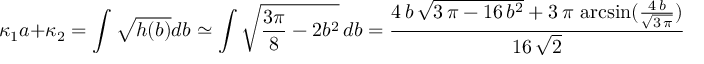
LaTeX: \kappa _ { 1 } a + \kappa _ { 2 } = \int \sqrt { h ( b ) } d b \simeq \int \sqrt { \frac { 3 \pi } { 8 } - 2 b ^ { 2 } } \, d b = { \frac { 4 \, b \, { \sqrt { 3 \, \pi - 1 6 \, { b ^ { 2 } } } } + 3 \, \pi \, \arcsin ( { \frac { 4 \, b } { { \sqrt { 3 \, \pi } } } } ) } { 1 6 \, { \sqrt { 2 } } } } \quad .